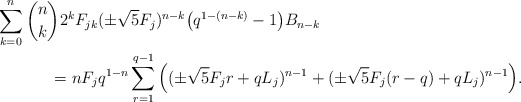
\begin{align*}\sum_{k=0}^{n} {n\choose k} 2^k F_{jk}& (\pm \sqrt{5}F_j )^{n-k} \big ( q^{1-(n-k)} - 1 \big ) B_{n-k}\\= n F_j& q^{1-n} \sum_{r=1}^{q-1} \Big ( (\pm\sqrt{5} F_j r + q L_j )^{n-1} + (\pm\sqrt{5} F_j (r-q) + q L_j )^{n-1}\Big ).\end{align*}